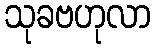
သုခဗဟုလာ